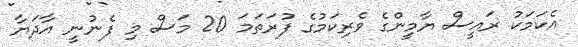
އެކަމަކު ރައީސް ޔާމީންގެ ވެރިކަމުގެ ފުރަތަމަ 20 މަސް މި ފެނުނީ އާދަޔާ